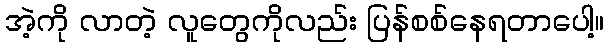
အဲ့ကို လာတဲ့ လူတွေကိုလည်း ပြန်စစ်နေရတာပေါ့။